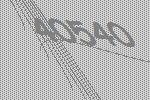
40540